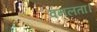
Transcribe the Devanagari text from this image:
वनलता।